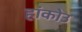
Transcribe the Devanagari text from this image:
हांकोउ